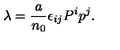
\lambda = { \frac { a } { n _ { 0 } } } \epsilon _ { i j } P ^ { i } p ^ { j } .